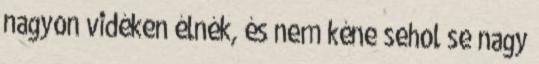
nagyon vidéken élnék, és nem kéne sehol se nagy